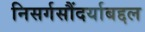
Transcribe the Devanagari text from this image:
निसर्गसौंदर्याबद्दल